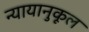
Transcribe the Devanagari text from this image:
न्यायानुकूल